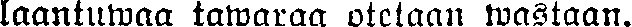
laantuwaa tawaraa otetaan wastaan.